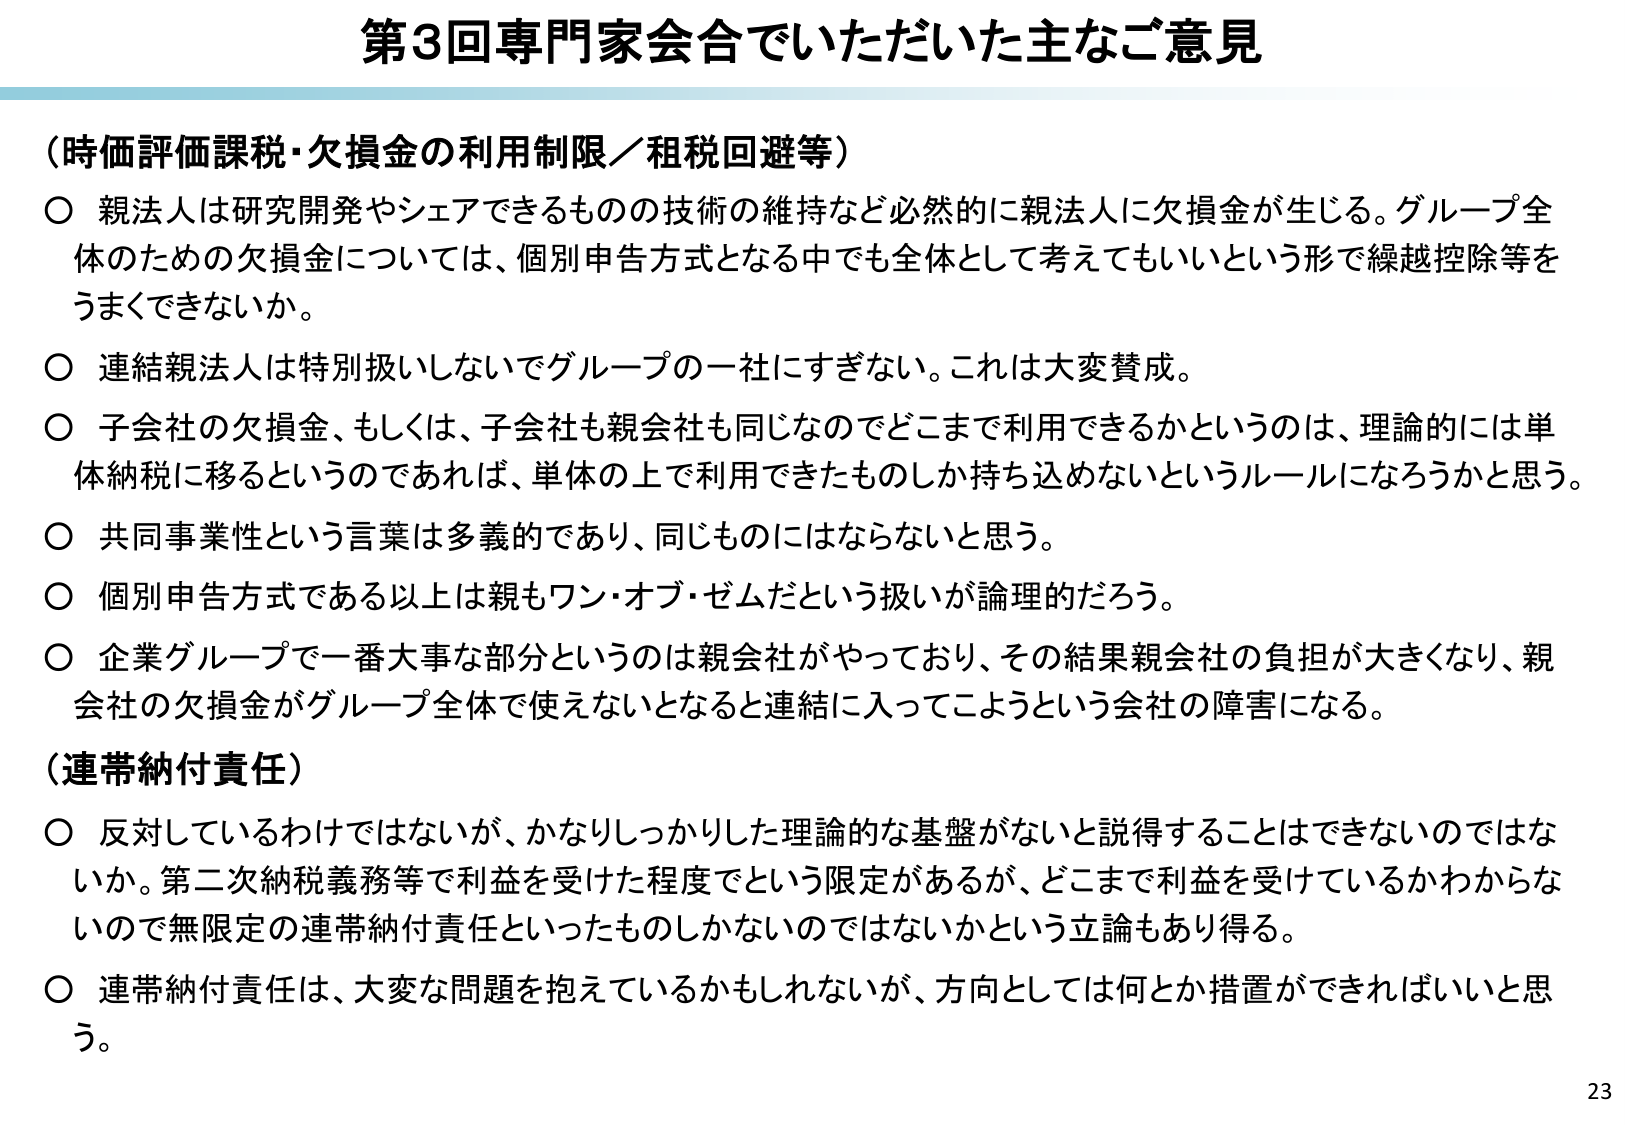
第3回専門家会合でいただいた主なご意見

（時価評価課税・欠損金の利用制限／租税回避等）
○ 親法人は研究開発やシェアできるものの技術の維持など必然的に親法人に欠損金が生じる。グループ全体のための欠損金については、個別申告方式となる中でも全体として考えてもいいという形で繰越控除等をうまくできないか。
○ 連結親法人は特別扱いしないでグループの一社にすぎない。これは大変賛成。
○ 子会社の欠損金、もしくは、子会社も親会社も同じなのでどこまで利用できるかというのは、理論的には単体納税に移るというのであれば、単体の上で利用できたものしか持ち込めないというルールになろうかと思う。
○ 共同事業性という言葉は多義的であり、同じものにはならないと思う。
○ 個別申告方式である以上は親もワン・オブ・ゼムだという扱いが論理的だろう。
○ 企業グループで一番大事な部分というのは親会社がやっており、その結果親会社の負担が大きくなり、親会社の欠損金がグループ全体で使えないとなると連結に入ってこようという会社の障害になる。

（連帯納付責任）
○ 反対しているわけではないが、かなりしっかりした理論的な基盤がないと説得することはできないのではないか。第二次納税義務等で利益を受けた程度でという限定があるが、どこまで利益を受けているかわからないので無限定の連帯納付責任といったものしかないのではないかという立論もあり得る。
○ 連帯納付責任は、大変な問題を抱えているかもしれないが、方向としては何とか措置ができればいいと思う。

23